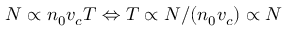
N \propto n _ { 0 } v _ { c } T \Leftrightarrow T \propto N / ( n _ { 0 } v _ { c } ) \propto N